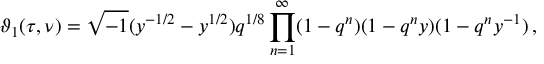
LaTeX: \vartheta _ { 1 } ( \tau , \nu ) = \sqrt { - 1 } ( y ^ { - 1 / 2 } - y ^ { 1 / 2 } ) q ^ { 1 / 8 } \prod _ { n = 1 } ^ { \infty } ( 1 - q ^ { n } ) ( 1 - q ^ { n } y ) ( 1 - q ^ { n } y ^ { - 1 } ) \, ,